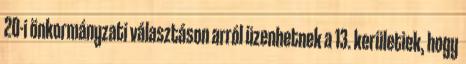
20-i önkormányzati választáson arról üzenhetnek a 13. kerületiek, hogy